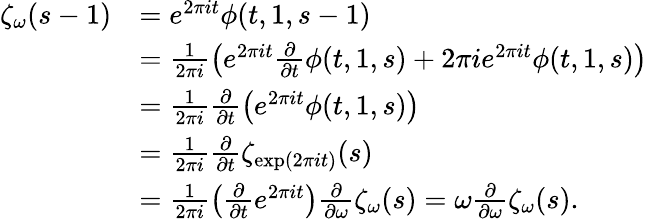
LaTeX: \begin{array}{rl}{\zeta_{\omega}(s-1)}&{=e^{2\pi it}\phi(t,1,s-1)}\\ &{=\frac{1}{2\pi i}\left(e^{2\pi it}\frac{\partial}{\partial t}\phi(t,1,s)+2\pi ie^{2\pi it}\phi(t,1,s)\right)}\\ &{=\frac{1}{2\pi i}\frac{\partial}{\partial t}\left(e^{2\pi it}\phi(t,1,s)\right)}\\ &{=\frac{1}{2\pi i}\frac{\partial}{\partial t}\zeta_{\exp(2\pi it)}(s)}\\ &{=\frac{1}{2\pi i}\left(\frac{\partial}{\partial t}e^{2\pi it}\right)\frac{\partial}{\partial\omega}\zeta_{\omega}(s)=\omega\frac{\partial}{\partial\omega}\zeta_{\omega}(s).}\end{array}